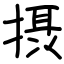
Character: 摂